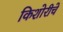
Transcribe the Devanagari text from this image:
किशोरीचे